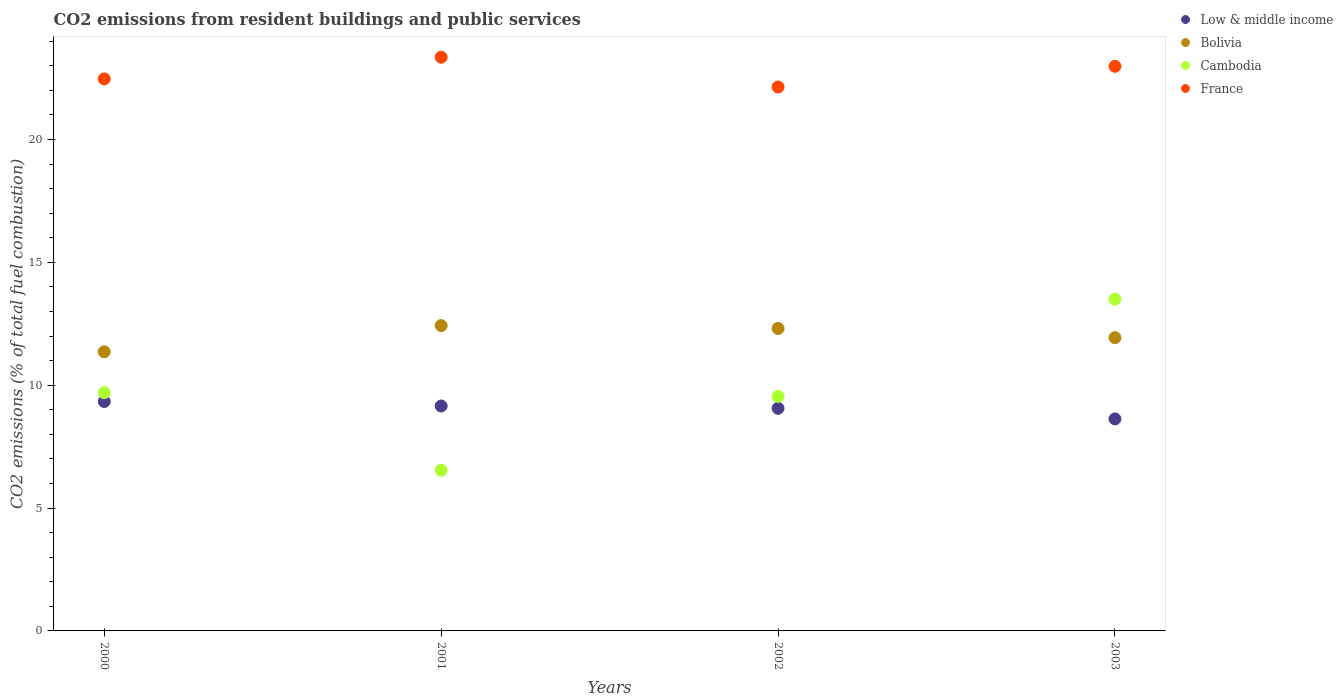
| Years | Low & middle income | Bolivia | Cambodia | France |
 | --- | --- | --- | --- | --- |
 | 2000 | 9.34 | 11.4 | 9.69 | 22.5 |
 | 2001 | 9.15 | 12.4 | 6.54 | 23.4 |
 | 2002 | 9.06 | 12.3 | 9.55 | 22.1 |
 | 2003 | 8.63 | 11.9 | 13.5 | 23 |